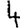
Digit: 4